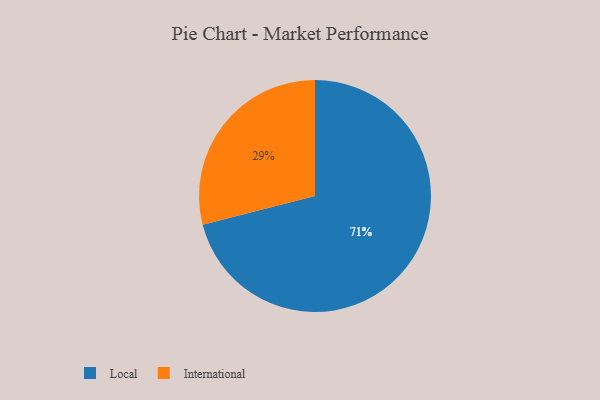
{"axis": {"x": "Category", "y": "Percentage"}, "legend": ["International", "Local"], "data": [{"x": "Local", "y": 71, "type": "Local"}, {"x": "International", "y": 29, "type": "International"}]}